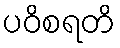
ပဝိစရတိ